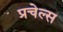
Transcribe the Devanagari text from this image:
प्रचेल्स